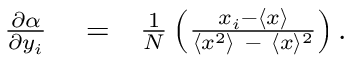
\begin{array} { r l r } { { \frac { \partial \alpha } { \partial \/ y _ { i } } } } & { { } = } & { { \frac { 1 } { N } } \left( \frac { x _ { i } - \langle { x } \rangle } { \langle { x } ^ { 2 } \rangle \ - \ \langle { x } \rangle \/ ^ { 2 } } \right) . } \end{array}